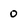
Character: 0